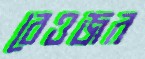
বেওজর